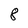
Character: 8